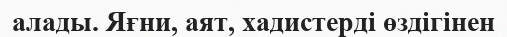
алады. Яғни, аят, хадистерді өздігінен